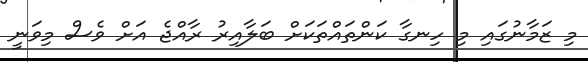
މި ޒަމާނުގައި މި ހިނގާ ކަންތައްތަކަށް ބަލާއިރު ރާއްޖެ އަށް ވެސް މިވަނީ